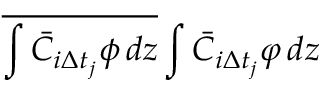
\overline { { \int \bar { C } _ { i \Delta t _ { j } } \phi \mathop { } \! { d { z } } } } \int \bar { C } _ { i \Delta t _ { j } } \varphi \mathop { } \! { d { z } }